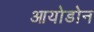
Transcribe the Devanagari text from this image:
आयोडोन